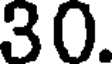
30.